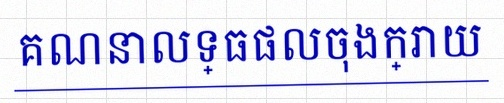
គណនាលទ្ធផលចុងក្រោយ